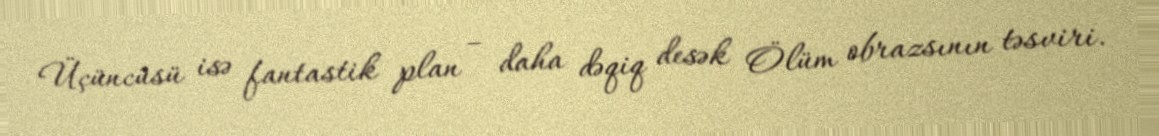
Üçüncüsü isə fantastik plan – daha dəqiq desək Ölüm obrazsının təsviri.